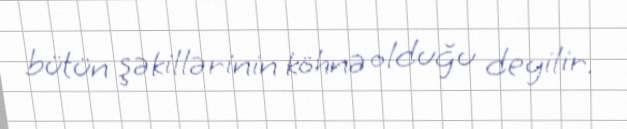
bütün şəkillərinin köhnə olduğu deyilir.